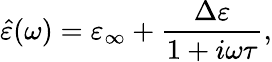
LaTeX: {\hat{\varepsilon}}(\omega)=\varepsilon_{\infty}+{\frac{\Delta\varepsilon}{1+i\omega\tau}},